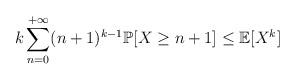
LaTeX: \begin{align*} k\displaystyle \sum_{n=0}^{+\infty}(n+1)^{k-1}\mathbb{P}[X\geq n+1] \leq \mathbb{E}[X^k] \end{align*}